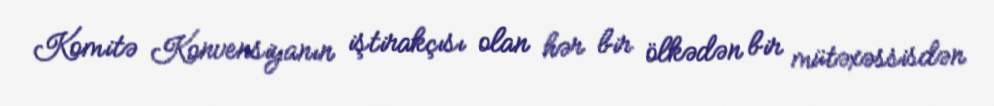
Komitə Konvensiyanın iştirakçısı olan hər bir ölkədən bir mütəxəssisdən